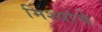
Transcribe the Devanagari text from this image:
मिश्यांचे